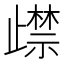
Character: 𭭵